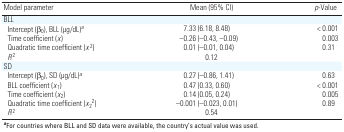
<table><thead><tr><td><b>Model parameter</b></td><td><b>Mean (95% CI) </b></td><td><b><i>p</i>-Value</b></td></tr></thead><tbody><tr><td><b>BLL</b></td></tr><tr><td><b>Intercept (β<sub>0</sub>), BLL (μg/dL)<sup><i>a</i></sup></b></td><td>7.33 (6.18, 8.48)</td><td>&lt;0.001</td></tr><tr><td><b>Time coefficient (<i>x</i>)</b></td><td>–0.26 (–0.43, –0.09)</td><td>0.003</td></tr><tr><td><b>Quadratic time coefficient (<i>x</i><sup>2</sup>)</b></td><td>0.01 (–0.01, 0.04)</td><td>0.31</td></tr><tr><td><b><i>R</i><sup>2</sup></b></td><td>0.12</td><td></td></tr><tr><td><b>SD</b></td></tr><tr><td><b>Intercept (β<sub>0</sub>), SD (μg/dL)<sup><i>a</i></sup></b></td><td>0.27 (–0.86, 1.41)</td><td>0.63</td></tr><tr><td><b>BLL coefficient (<i>x</i><sub>1</sub>)</b></td><td>0.47 (0.33, 0.60)</td><td>&lt;0.001</td></tr><tr><td><b>Time coefficient (<i>x</i><sub>2</sub>)</b></td><td>0.14 (0.05, 0.24)</td><td>0.005</td></tr><tr><td><b>Quadratic time coefficient (<i>x</i><sub>2</sub><sup>2</sup>)</b></td><td>–0.001 (–0.023, 0.01)</td><td>0.89</td></tr><tr><td><b><i>R</i><sup>2</sup></b></td><td>0.54</td></tr><tr><td colspan="3"><sup><i><b>a</b></i></sup>For countries where BLL and SD data were available, the country’s actual value was used.</td></tr></tbody></table>